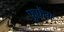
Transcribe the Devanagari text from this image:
फूफ़ेंग